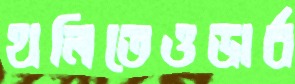
থলিতেওডার্ব